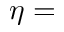
\eta =